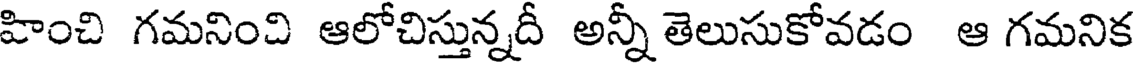
హించి గమనించి ఆలోచిస్తున్నదీ అన్నీ తెలుసుకోవడం ఆ గమనిక